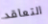
التعاقد